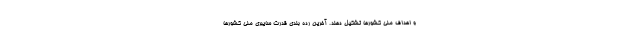
و اهداف ملی کشورها تشکیل دهند. آخرین رده بندی قدرت سایبری ملی کشورها